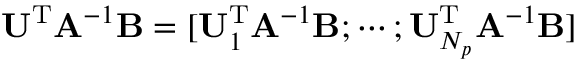
\mathbf { U } ^ { \mathrm { T } } \mathbf { A } ^ { - 1 } \mathbf { B } = [ \mathbf { U } _ { 1 } ^ { \mathrm { T } } \mathbf { A } ^ { - 1 } \mathbf { B } ; \cdots ; \mathbf { U } _ { N _ { p } } ^ { \mathrm { T } } \mathbf { A } ^ { - 1 } \mathbf { B } ]